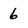
Character: 6